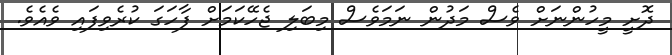
ދޮށީ މީހުންނަށް ވެސް މަދުން ނަމަވެސް މިބަލި ޖެހޭކަމަށް ފާހަގަ ކުރެވިފައި ވެއެވެ.